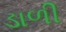
ડાળી